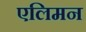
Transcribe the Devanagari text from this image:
एलिमन